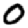
Digit: 0